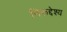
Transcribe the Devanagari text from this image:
निरूद्देश्य